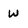
Character: w